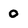
Character: 0